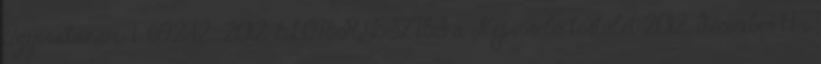
Ügyiratszám: 1 692-12 2012. ELŐTERJESZTÉS a Képviselő testület 2012. december 14-i